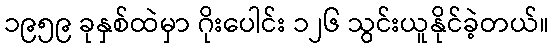
၁၉၅၉ ခုနှစ်ထဲမှာ ဂိုးပေါင်း ၁၂၆ သွင်းယူနိုင်ခဲ့တယ်။